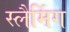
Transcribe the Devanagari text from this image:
स्लैमिंग